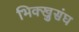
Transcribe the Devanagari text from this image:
भिक्खुसंघ